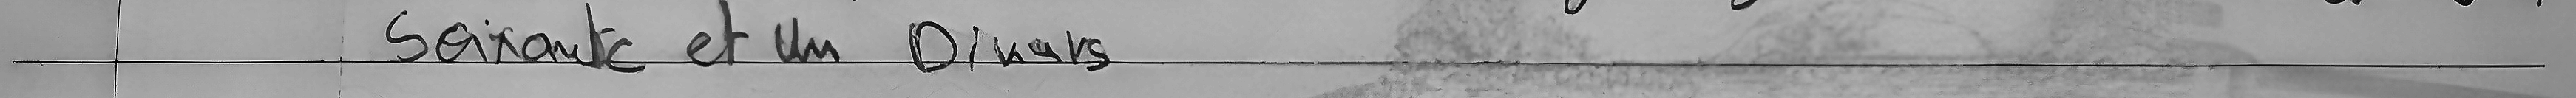
Soixante et un Dinars